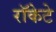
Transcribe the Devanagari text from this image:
रॉकेटे